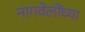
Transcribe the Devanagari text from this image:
नागवेलींच्या